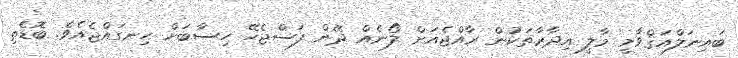
ބައިނަލްއަޤްވާމީ މާލީ އިދާރާތަކުން ރާއްޖެއަށް ލޯނެއް ދޭން ފަސްޖެހޭ ހިސާބަށް ހިނގައްޖެއެވެ. ބޮޑެތި